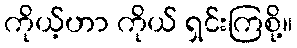
ကိုယ့်ဟာ ကိုယ် ရှင်းကြစို့။